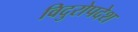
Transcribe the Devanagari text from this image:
विदुरोपदेश